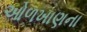
ઓળખાણના